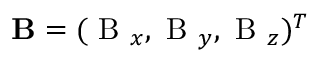
\mathbf { B } = ( \mathrm { ~ B ~ } _ { x } , \mathrm { ~ B ~ } _ { y } , \mathrm { ~ B ~ } _ { z } ) ^ { T }